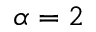
\alpha = 2